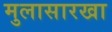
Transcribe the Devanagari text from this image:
मुलासारखा